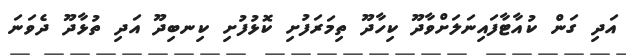
އަދި ގަން ކުއާޓާފައިނަލަށްވާދޫ ކިހާދޫ ތިމަރަފުށި ކޮޅުފުށި ކިނބިދޫ އަދި ތުޅާދޫ ދެވަނަ